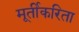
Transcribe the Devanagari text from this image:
मूर्तीकरिता